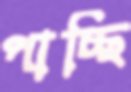
পাচ্ছি